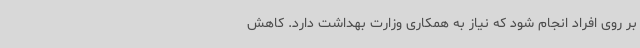
بر روی افراد انجام شود که نیاز به همکاری وزارت بهداشت دارد. کاهش